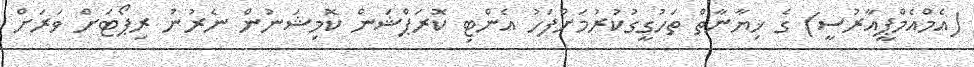
(އެމްއެމްޕީއާރުސީ) ގެ ޚިޔާނާތް ތަހުގީގުކުރުމަށްފަހު އެންޓި ކޮރަޕްޝަން ކޮމިޝަނުން ނެރުނު ރިޕޯޓަށް ވަރަށް